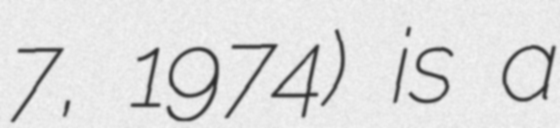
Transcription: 7, 1974) is a